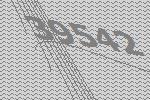
39542